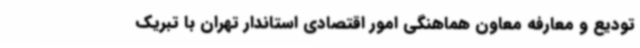
تودیع و معارفه معاون هماهنگی امور اقتصادی استاندار تهران با تبریک